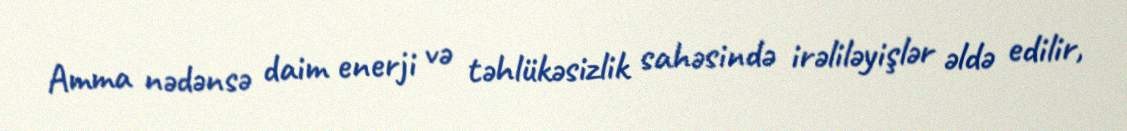
Amma nədənsə daim enerji və təhlükəsizlik sahəsində irəliləyişlər əldə edilir,